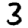
Digit: 3